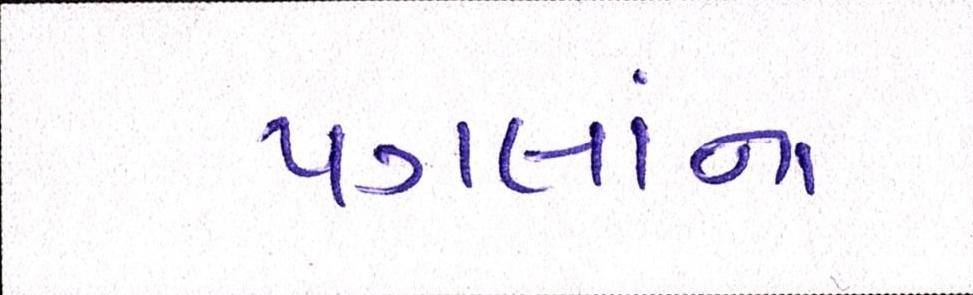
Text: પગલાંના